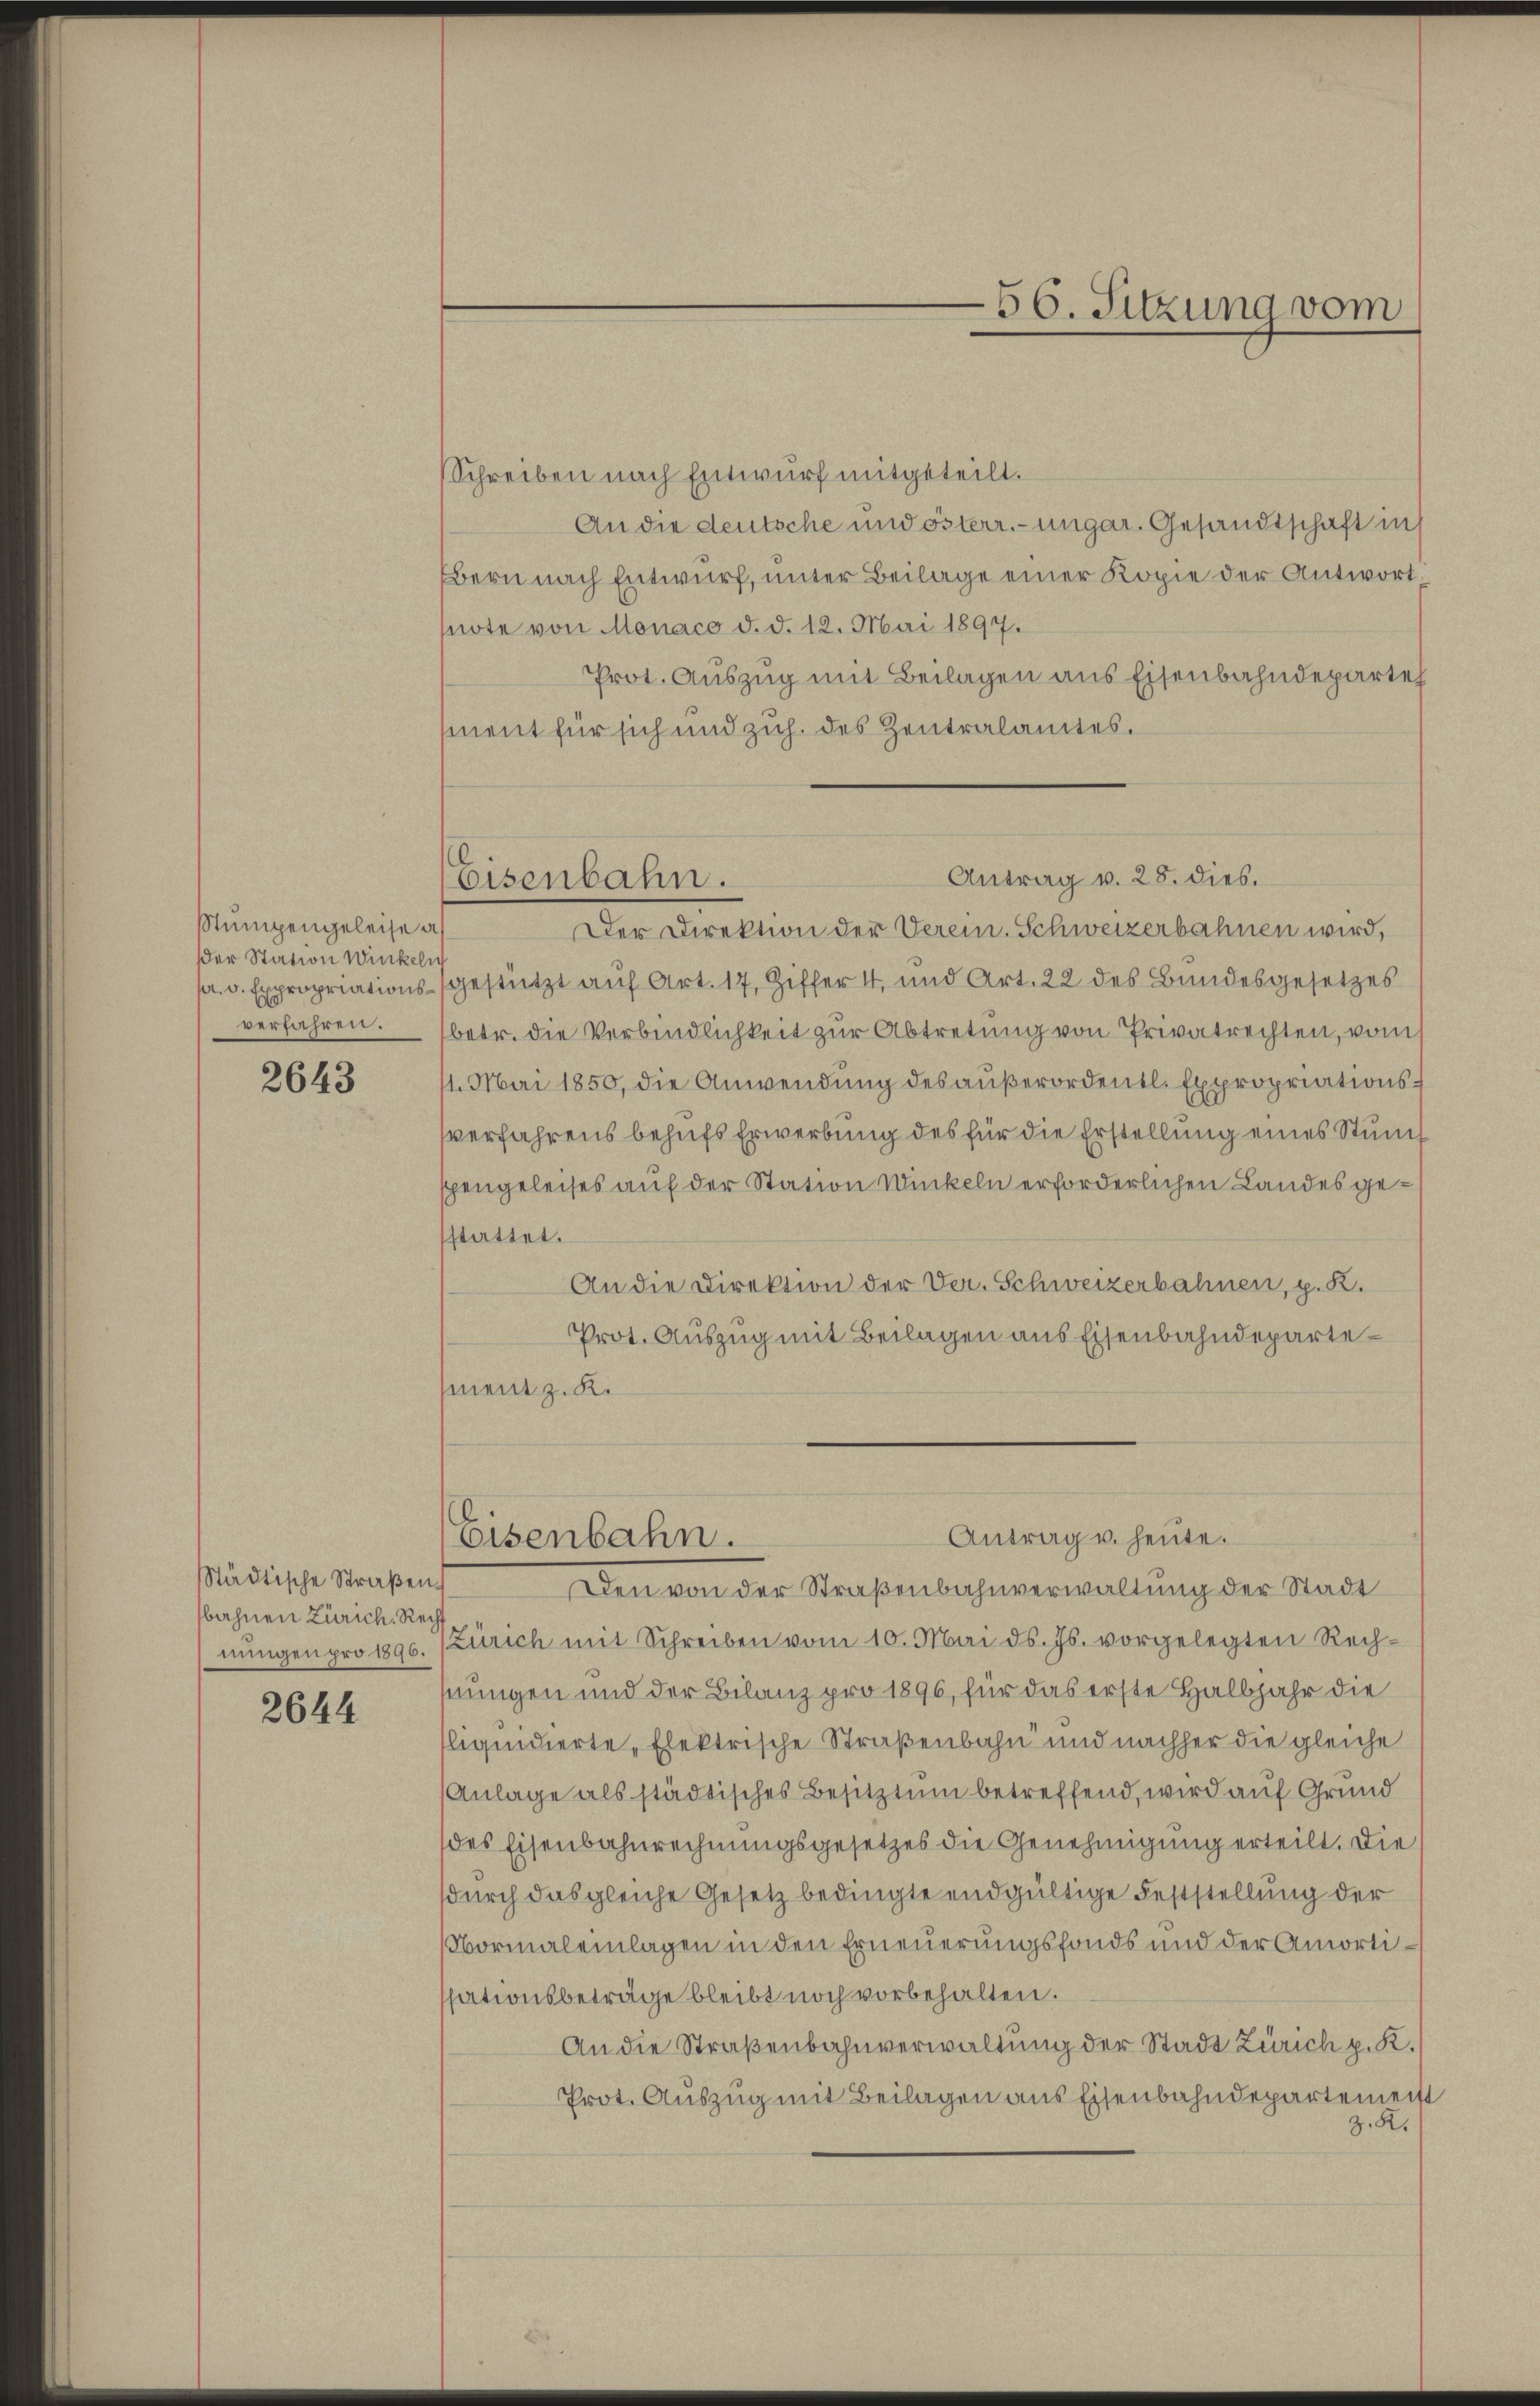
Stumpengeleise a
der Station Winkeln
pr. v. Expropriationsverfahren.

2643

Städtische Straßenbahnen Zürich. Rech
nungen pro 1896.

2644

Schreiben nach Entwurf mitgeteilt.
An die deutsche und österr.-ungar. Gesandtschaft in s
Bern nach Entwurf, unter Beilage einer Kopie der Antwort
snote von Monaco d. d. 12. Mai 1897.
Prot. Auszug mit Beilagen aus Eisenbahndeparte
ment für sich und zuh. des Zentralamtes.

56. Sitzung vom

Antrag v. 28. dies.
Eisenbahn.

Der Direktion der Verein. Schweizerbahnen wird,
gestützt auf Art. 17, Ziffer 4, und Art. 22 des Bundesgesetzes
betr. die Verbindlichkeit zur Abtretung von Privatrechten, vom
1. Mai 1850, die Anwendung des außerordentl. Expropriationsverfahrens behufs Erwerbung des für die Erstellung eines Stum
sphengeleises auf der Station Winkeln erforderlichen Landesgestattet.
An die Direktion der Ver. Schweizerbahnen, p. K.
Prot. Auszug mit Beilagen aus Eisenbahndepartement z. K.

Antrag u. heute.
Eisenbahn.

Den von der Straßenbahnverwaltung der Stadt
Zürich mit Schreiben vom 10. Mai d. Js. vorgelegten Rech
hnungen und der Bilanz pro 1896, für das erste Halbjahr die
lliquidierte, Elektrische Straßenbahn und nachher die gleiche
Anlage als städtisches Besitztum betreffend, wird auf Grund
des Eisenbahnrechnungsgesetzes die Genehmigung erteilt. Die
durch das gleiche Gesetz bedingte endgültige Feststellung der
Normaleinlagen in den Erneuerungsfonds und der Amortisationsbeträge bleibt noch vorbehalten.
An die Straßenbahnverwaltung der Stadt Zürich p. K.
Prot. Auszug mit Beilagen aus Eisenbahndepartemeist
z. R.